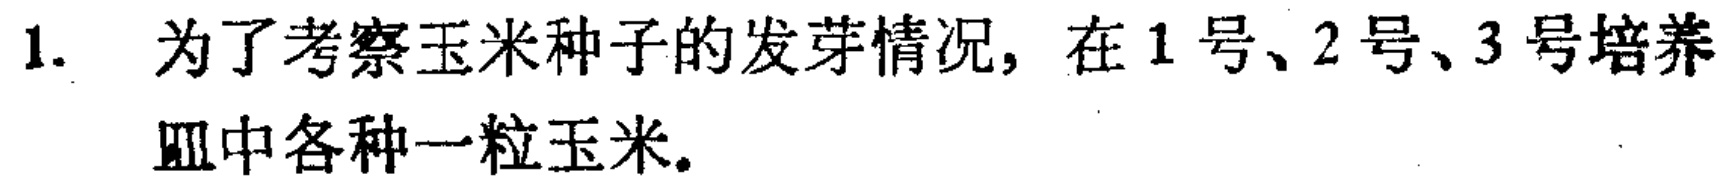
1. 为了考察玉米种子的发芽情况，在1号、2号、3号培养皿中各种一粒玉米。